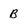
Character: B